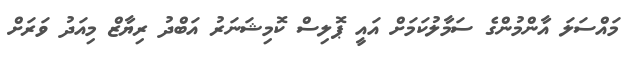
މައްސަލަ އާންމުންގެ ސަމާލުކަމަށް އައީ ޕޮލިސް ކޮމިޝަނަރު އަބްދު ރިޔާޒް މިއަދު ވަރަށް